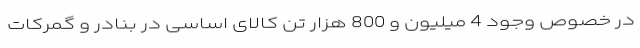
در خصوص وجود 4 میلیون و 800 هزار تن کالای اساسی در بنادر و گمرکات